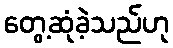
တွေ့ဆုံခဲ့သည်ဟု